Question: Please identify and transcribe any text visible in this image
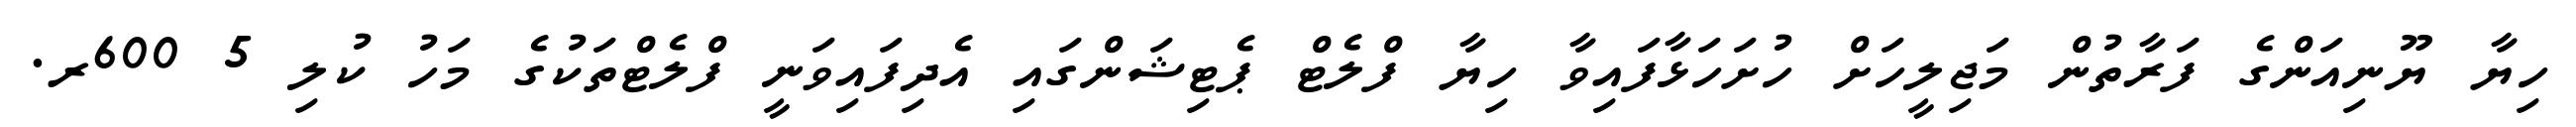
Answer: ހިޔާ ޔޫނިއަންގެ ފަރާތުން މަޖިލީހަށް ހުށަހަޅާފައިވާ ހިޔާ ފްލެޓް ޕެޓިޝަންގައި އެދިފައިވަނީ ފްލެޓްތަކުގެ މަހު ކުލި 5 600ރ.